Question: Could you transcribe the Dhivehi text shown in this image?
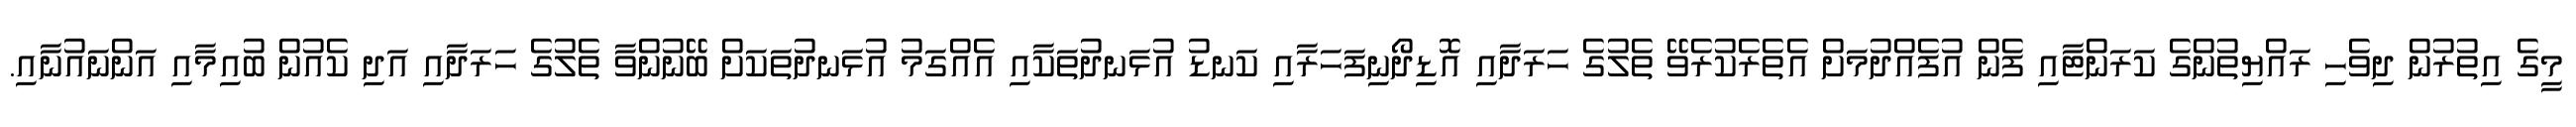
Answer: މީގެ އިތުރުން ދިވެހި ރައްޔިތުންގެ ކަރަންޓާއި ފެން އުފެއްދުމަށް އެތެރެކުރެވޭ ތެލުގެ ހަރަދާއި އޮޑިދޯނިފަހަރާއި ކަނޑު އުޅަނދުތަކާއި އެއްގަމު އުޅަނދުތަކަށް ބޭނުންވާ ތެލުގެ ހަރަދާއި އަދި ކެއުން ބުއިމާއި އަންނައުނާއި.